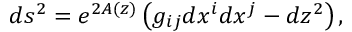
d s ^ { 2 } = e ^ { 2 A ( z ) } \left( g _ { i j } d x ^ { i } d x ^ { j } - d z ^ { 2 } \right) ,